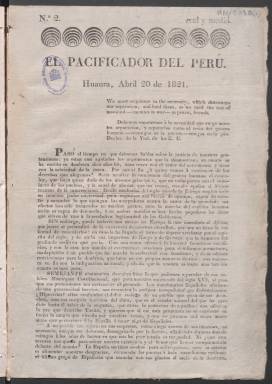
Título: El Pacificador del Perú
Colección: Periódicos anteriores a 1850
Ámbito geográfico: Perú
Lugar de publicación: Huaura [Perú]
Fechas: 01/01/1821-01/09/1821

El primer fascículo contiene copias manuscritas de los números 1-5 de la publicación, encuadernadas con los originales impresos de los números 2-13. En la edición impresa faltan los números 1, 5 y 10. Las hojas manuscritas tienen su propio registro bibliográfico.